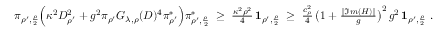
\begin{array} { r } { \pi _ { \rho ^ { \prime } , \frac { \rho } { 2 } } \Big ( \kappa ^ { 2 } D _ { \rho ^ { \prime } } ^ { 2 } + g ^ { 2 } \pi _ { \rho ^ { \prime } } G _ { \lambda , \rho } ( D ) ^ { 4 } \pi _ { \rho ^ { \prime } } ^ { * } \Big ) \pi _ { \rho ^ { \prime } , \frac { \rho } { 2 } } ^ { * } \; \geq \; \frac { \kappa ^ { 2 } \rho ^ { 2 } } { 4 } \, { \bf 1 } _ { \rho ^ { \prime } , \frac { \rho } { 2 } } \; \geq \; \frac { c _ { \rho } ^ { 2 } } { 4 } \, \big ( 1 + \frac { \| \Im m ( H ) \| } { g } \big ) ^ { 2 } \, g ^ { 2 } \, { \bf 1 } _ { \rho ^ { \prime } , \frac { \rho } { 2 } } \; . } \end{array}